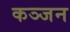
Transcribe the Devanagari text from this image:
कञ्जन